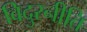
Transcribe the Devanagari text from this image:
विदुरनीति